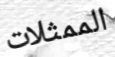
الممثلات